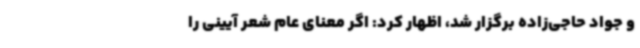
و جواد حاجی‌زاده برگزار شد، اظهار کرد: اگر معنای عام شعر آیینی را